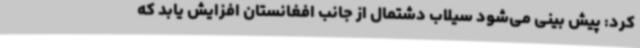
کرد: پیش بینی می‌شود سیلاب دشتمال از جانب افغانستان افزایش یابد که